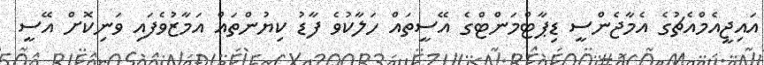
އައިޖީއެމްއެޗުގެ އެމާޖެންސީ ޑިޕާޓްމަންޓްގެ އޭސީތައް ހަލާކުވެ ފާޑު ކިޔުންތައް އަމާޒުވެފައި ވަނިކޮށް އޭސީ